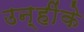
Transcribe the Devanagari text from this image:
उन्हींके